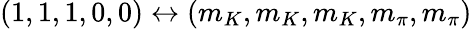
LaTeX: (1,1,1,0,0)\leftrightarrow(m_{K},m_{K},m_{K},m_{\pi},m_{\pi})